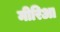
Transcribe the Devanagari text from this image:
मीरिआ